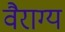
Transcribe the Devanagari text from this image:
वैराग्‍य